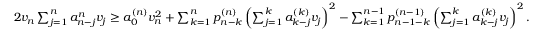
\begin{array} { r } { 2 v _ { n } \sum _ { j = 1 } ^ { n } a _ { n - j } ^ { n } v _ { j } \ge a _ { 0 } ^ { ( n ) } v _ { n } ^ { 2 } + \sum _ { k = 1 } ^ { n } p _ { n - k } ^ { ( n ) } \left( \sum _ { j = 1 } ^ { k } a _ { k - j } ^ { ( k ) } v _ { j } \right) ^ { 2 } - \sum _ { k = 1 } ^ { n - 1 } p _ { n - 1 - k } ^ { ( n - 1 ) } \left( \sum _ { j = 1 } ^ { k } a _ { k - j } ^ { ( k ) } v _ { j } \right) ^ { 2 } . } \end{array}